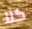
كلا